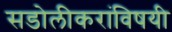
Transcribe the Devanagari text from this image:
सडोलीकरांविषयी